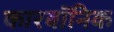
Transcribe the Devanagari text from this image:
कारबॉनिक